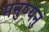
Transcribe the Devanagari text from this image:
मनुष्यनुं